Lunatic asylums Central Provinces reports 1895-1909 - 1895-1909
Year: 1895
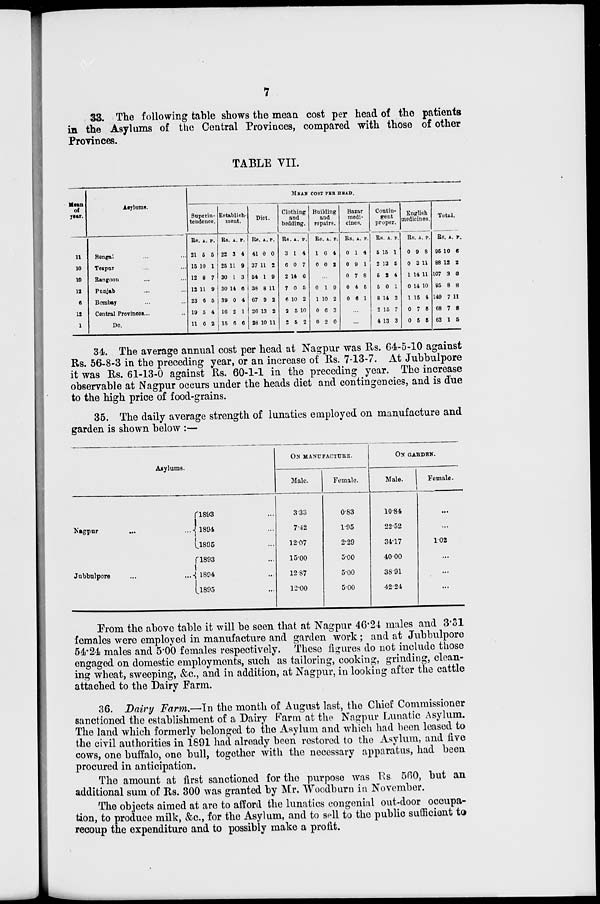
7
33. The following table shows the mean cost per head of the patients
in the Asylums of the Central Provinces, compared with those of other
Provinces.
TABLE VII.
Mean
of
year.
11
10
10
12
6
12
1
Asylums.
Bengal ... ...
Tezpur ... ...
Rangoon ... ...
Punjab ... ...
Bombay ... ...
Central Provinces ... ...
Do.
MEAN COST PER HEAD.
Superin-
tendence.
Rs.
21
15
12
12
23
19
11
A.
5
10
8
11
6
5
6
P.
5
1
7
9
5
4
2
Establish-
ment.
Rs.
22
25
30
30
39
16
15
A.
3
11
1
14
0
2
6
P.
4
9
3
6
4
1
6
Diet.
Rs.
41
37
54
38
67
26
28
A.
0
11
1
8
9
13
10
P.
0
2
9
11
2
2
11
Clothing
and
bedding.
Rs.
3
6
2
7
6
2
2
A.
1
0
14
0
10
5
5
P.
4
7
6
5
2
10
2
Building
and
repairs.
Rs.
1
0
A.
6
0
P.
4
2
...
0
1
0
0
1
10
6
2
9
2
3
0
Bazar
medi-
cines.
Rs.
0
0
0
0
0
A.
1
9
7
4
6
P.
4
1
8
5
1
...
...
Contin-
gent
proper.
Rs.
5
2
5
5
8
2
4
A.
15
13
2
0
14
15
13
P.
1
5
4
1
3
7
3
English
medicines.
Rs.
0
0
1
0
1
0
0
A.
9
3
14
14
15
7
5
P.
8
11
11
10
4
5
5
Total.
Rs.
95
88
107
95
149
68
63
A.
10
12
3
8
7
7
1
P.
6
2
0
8
11
8
5
34. The average annual cost per head at Nagpur was Rs. 64-5-10 against
Rs. 56-8-3 in the preceding year, or an increase of Rs. 7-13-7. At Jubbulpore
it was Rs. 61-13-0 against Rs. 60-1-1 in the preceding year. The increase
observable at Nagpur occurs under the heads diet and contingencies, and is due
to the high price of food-grains.
35. The daily average strength of lunatics employed on manufacture and
garden is shown below :—
Asylums.
Nagpur
...
...
Jubbulpore
...
...
1893 ...
1894 ...
1895 ...
1893 ...
1894 ...
1895 ...
ON
MANUFACTURE.
Male.
3.33
7.42
12.07
15.00
12.87
12.00
Female.
0.83
1.95
2.29
5.00
5.00
5.00
ON GARDEN.
Male.
10.84
22.52
34.17
40.00
38.91
42.24
Female.
...
...
1.02
...
...
...
From the above table it will be seen that at Nagpur 46.24 males and 3.31
females were employed in manufacture and garden work; and at Jubbulpore
54.24 males and 5.00 females respectively. These figures do not include those
engaged on domestic employments, such as tailoring, cooking, grinding, clean-
ing wheat, sweeping, &c., and in addition, at Nagpur, in looking after the cattle
attached to the Dairy Farm.
36. Dairy Farm.—In the month of August last, the Chief Commissioner
sanctioned the establishment of a Dairy Farm at the Nagpur Lunatic Asylum.
The land which formerly belonged to the Asylum and which had been leased to
the civil authorities in 1891 had already been restored to the Asylum, and five
cows, one buffalo, one bull, together with the necessary apparatus, had been
procured in anticipation.
The amount at first sanctioned for the purpose was Rs. 560, but an
additional sum of Rs. 300 was granted by Mr. Woodburn in November.
The objects aimed at are to afford the lunatics congenial out-door occupa-
tion, to produce milk, &c., for the Asylum, and to sell to the public sufficient to
recoup the expenditure and to possibly make a profit.